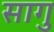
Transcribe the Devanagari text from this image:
सागु